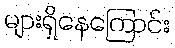
များရှိနေကြောင်း